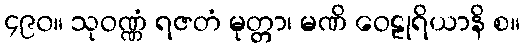
၄၉၀။ သုဝဏ္ဏံ ရဇတံ မုတ္တာ၊ မဏိ ဝေဠုရိယာနိ စ။